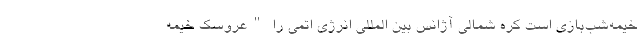
خیمه‌شب‌بازی است کره شمالی آژانس بین المللی انرژی اتمی را "عروسک خیمه